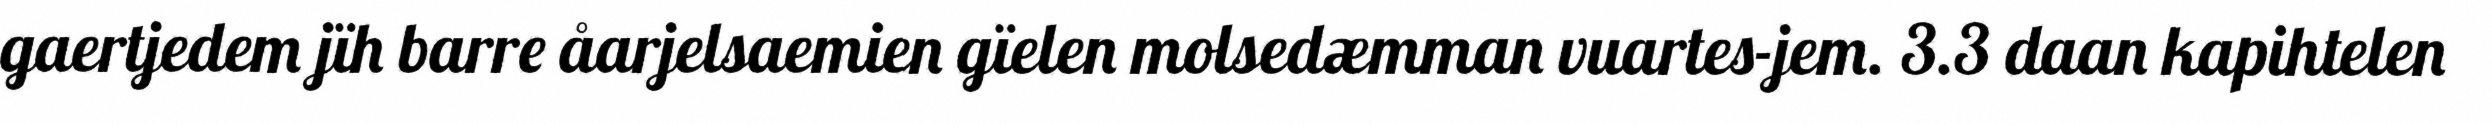
gaertjedem jïh barre åarjelsaemien gïelen molsedæmman vuartes-jem. 3.3 daan kapihtelen